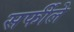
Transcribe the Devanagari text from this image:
सर्फीले